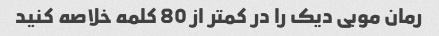
رمان موبی دیک را در کمتر از 80 کلمه خلاصه کنید